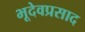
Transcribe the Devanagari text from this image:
भूदेवप्रसाद